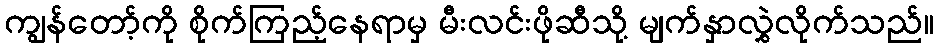
ကျွန်တော့်ကို စိုက်ကြည့်နေရာမှ မီးလင်းဖိုဆီသို့ မျက်နှာလွှဲလိုက်သည်။